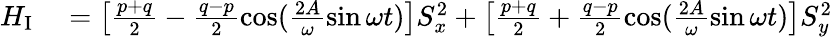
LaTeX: \begin{array}{rl}{H_{\mathrm{I}}}&{{}=\left[\frac{p+q}{2}-\frac{q-p}{2}\cos(\frac{2A}{\omega}\sin\omega t)\right]S_{x}^{2}+\left[\frac{p+q}{2}+\frac{q-p}{2}\cos(\frac{2A}{\omega}\sin\omega t)\right]S_{y}^{2}}\end{array}